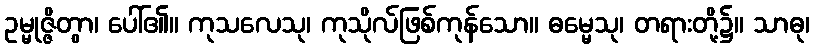
ဥမ္မုဇ္ဇိတွာ၊ ပေါ်၏။ ကုသလေသု၊ ကုသိုလ်ဖြစ်ကုန်သော။ ဓမ္မေသု၊ တရားတို့၌။ သာဓု၊